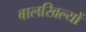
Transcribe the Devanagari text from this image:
बालखिल्यों